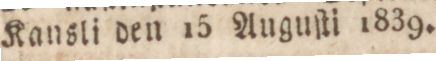
Kansli den 15 Augusti 1839.